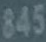
345